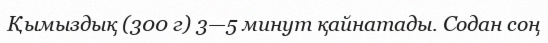
Қымыздық (300 г) 3—5 минут қайнатады. Содан соң